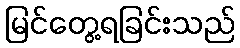
မြင်တွေ့ရခြင်းသည်